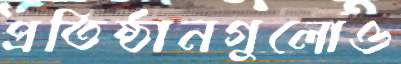
প্রতিষ্ঠানগুলোও